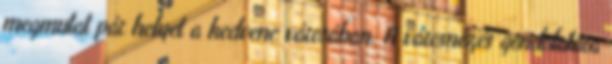
megmutat pár helyet a kedvenc városában. A városnézés gondolatára